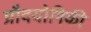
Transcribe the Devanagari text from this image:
प्रौदयोगिकी